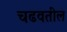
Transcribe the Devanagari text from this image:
चढवतील